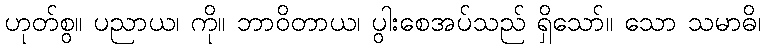
ဟုတ်စွ။ ပညာယ၊ ကို။ ဘာဝိတာယ၊ ပွါးစေအပ်သည် ရှိသော်။ သော သမာဓိ၊